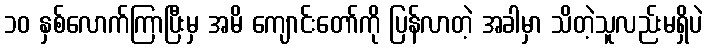
၁၀ နှစ်လောက်ကြာပြီးမှ အမိ ကျောင်းတော်ကို ပြန်လာတဲ့ အခါမှာ သိတဲ့သူလည်းမရှိပဲ